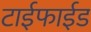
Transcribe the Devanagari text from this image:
टाईफाईड